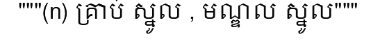
"""(n) គ្រាប់ ស្នូល , មណ្ឌល ស្នូល"""